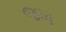
જખ